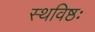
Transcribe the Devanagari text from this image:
स्थविष्ठः